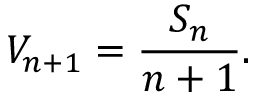
V _ { n + 1 } = { \frac { S _ { n } } { n + 1 } } .